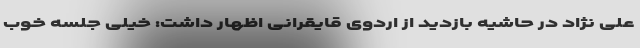
علی نژاد در حاشیه بازدید از اردوی قایقرانی اظهار داشت: خیلی جلسه خوب